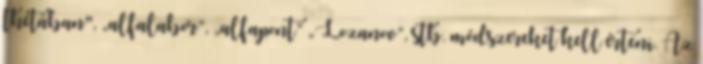
thétában", „alfalabor”, „alfapont” „Lozanov”, stb. módszereket kell érteni. Az